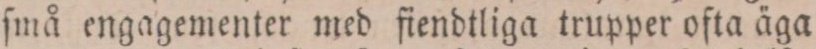
ſmå engagementer med fiendtliga trupper ofta äga